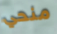
منحي